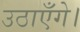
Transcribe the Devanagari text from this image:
उठाएँगे।